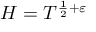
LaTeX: H = T ^ { { \frac { 1 } { 2 } } + \varepsilon }